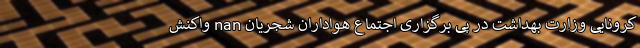
کرونایی وزارت بهداشت در پی برگزاری اجتماع هواداران شجریان nan واکنش